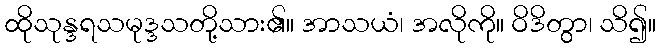
ထိုသုန္ဒရသမုဒ္ဒသတို့သား၏။ အာသယံ၊ အလိုကို။ ဝိဒိတွာ၊ သိ၍။